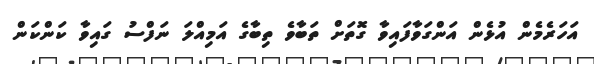
އަހަރެމެން އުޅެން އަންގަވާފައިވާ ގޮތަށް ތަބާވެ ތިބާގެ އަމިއްލަ ނަފްސު ގައިވާ ކަންކަން